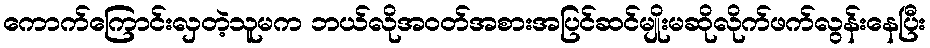
ကောက်ကြောင်းလှတဲ့သူမက ဘယ်လိုအဝတ်အစားအပြင်ဆင်မျိုးမဆိုလိုက်ဖက်လွန်းနေပြီး